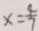
x = \frac { 4 } { 7 }